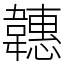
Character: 韢